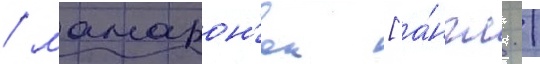
/ мамарон'ек [а́нгл. /